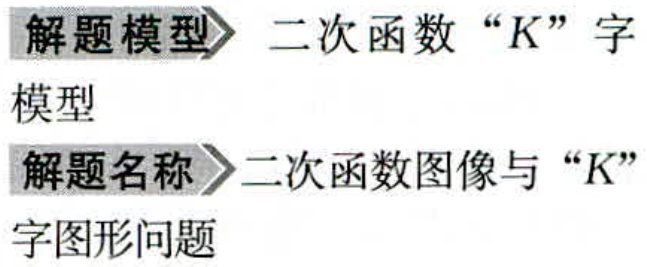
解题模型 二次函数“K”字
模型
解题名称 二次函数图像与“K”
字图形问题